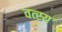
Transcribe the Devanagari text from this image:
वत्स्य